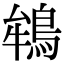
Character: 鴾